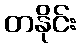
တနိုင်း